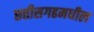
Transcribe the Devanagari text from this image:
छ्त्तीसगढमधील